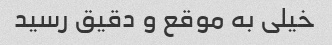
خیلی به موقع و دقیق رسید